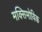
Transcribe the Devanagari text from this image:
मक्सिमोविक